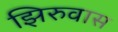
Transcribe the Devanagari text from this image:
झिरुवास